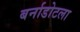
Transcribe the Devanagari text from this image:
बर्नाडोटला